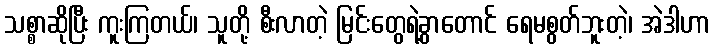
သစ္စာဆိုပြီး ကူးကြတယ်၊ သူတို့ စီးလာတဲ့ မြင်းတွေရဲ့ခွာတောင် ရေမစွတ်ဘူးတဲ့၊ အဲဒါဟာ